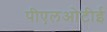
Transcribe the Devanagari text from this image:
पीएलओटीई